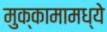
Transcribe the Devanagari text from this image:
मुक्कामामध्ये